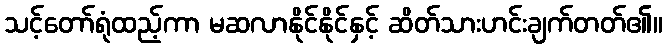
သင့်တော်ရုံထည့်ကာ မဆလာနိုင်နိုင်နှင့် ဆိတ်သားဟင်းချက်တတ်၏။